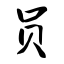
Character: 员